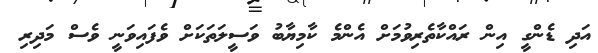
އަދި ޑެންގީ އިން ރައްކާތެރިވުމަށް އެންމެ ކާމިޔާބު ވަސީލަތަކަށް ވެފައިވަނީ ވެސް މަދިރި